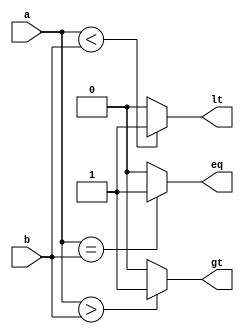
//1bit_comparator using behaviour style.
module comparator_1bit(a,b,gt,eq,lt);
input a,b;
output reg gt,eq,lt;
always@(a&b)begin
	gt=0;
	eq=0;
	lt=0;
	if(a>b)gt=1;
	if(a==b)eq=1;
	if(a<b)lt=1;
end
endmodule